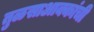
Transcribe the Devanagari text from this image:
तुळसाआक्कांची